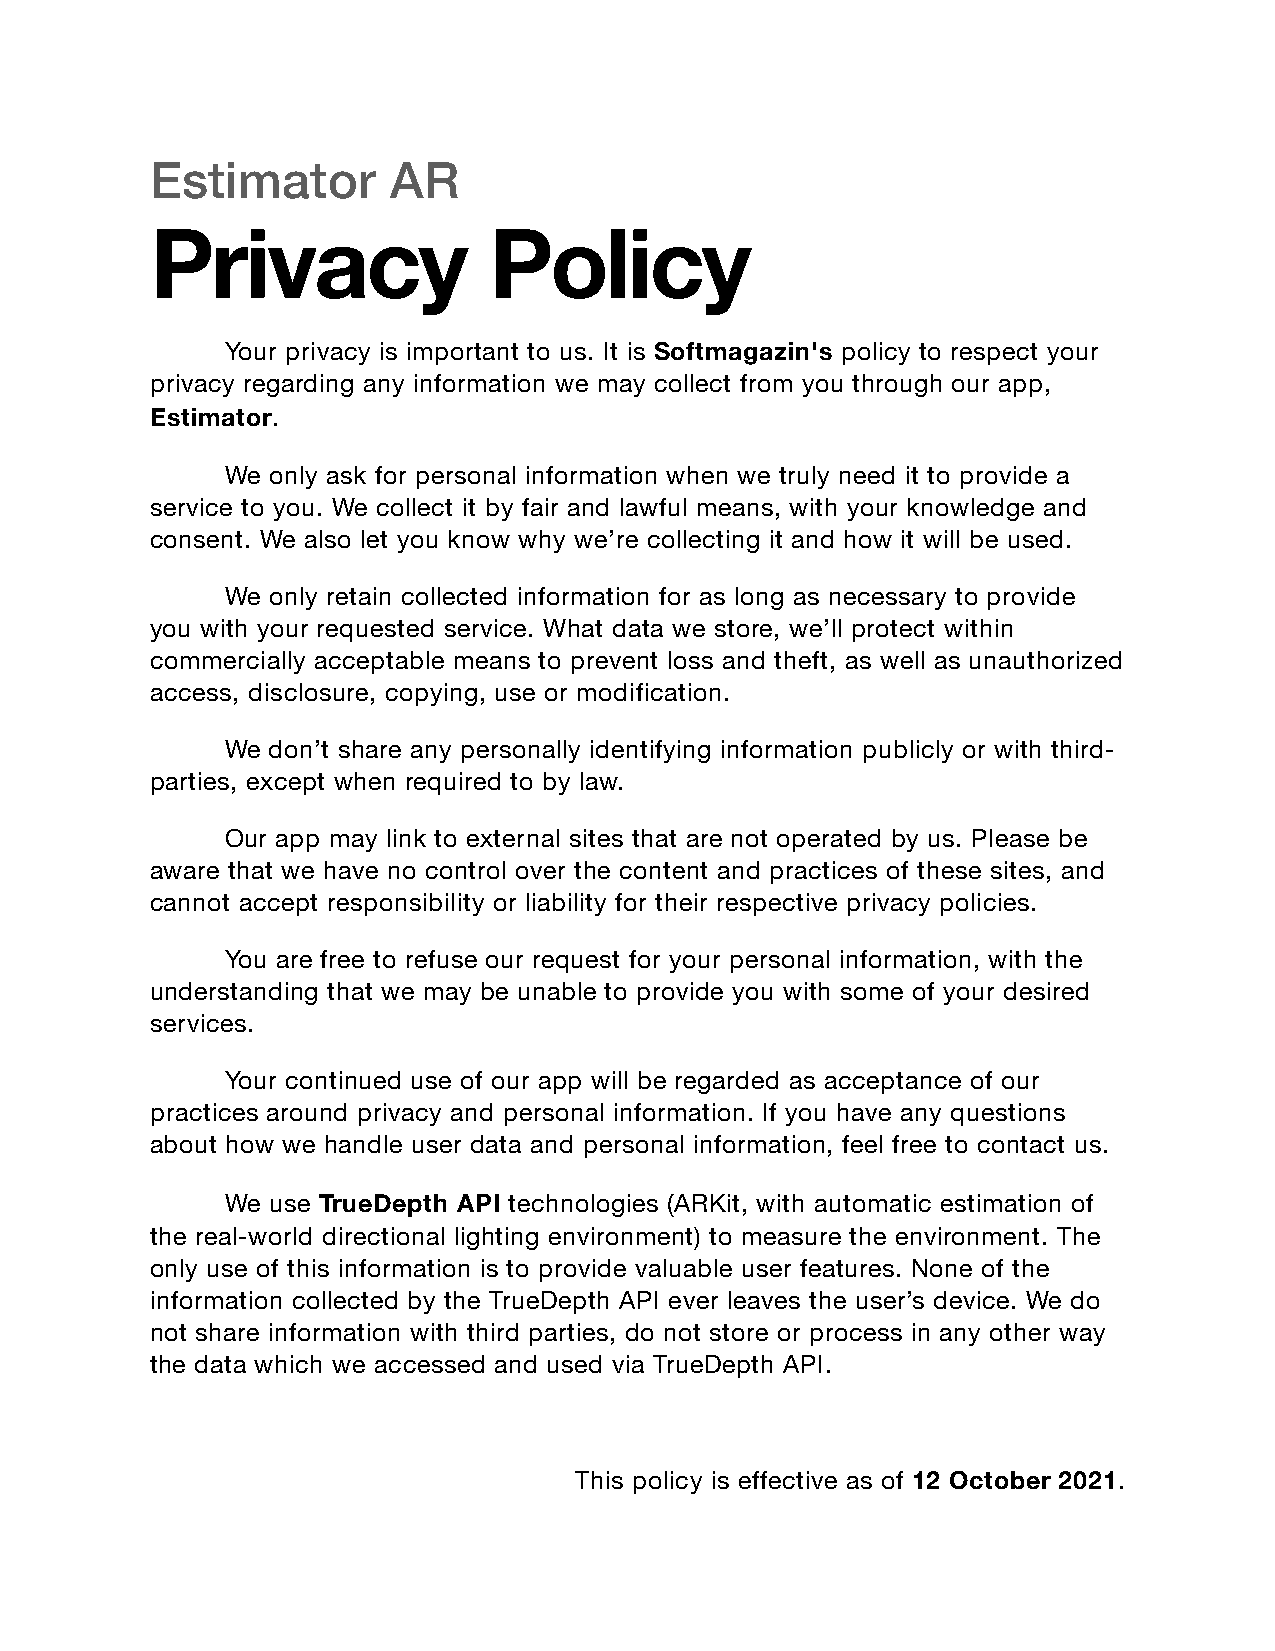
Estimator       AR
 Privacy               Policy
 Your privacy is important to us. It is Softmagazin's policy to respect your
 privacy regarding any information we may collect from you through our app,
 Estimator.
 We only ask for personal information when we truly need it to provide a
 service to you. We collect it by fair and lawful means, with your knowledge and
 consent. We also let you know why we’re collecting it and how it will be used.
 We only retain collected information for as long as necessary to provide
 you with your requested service. What data we store, we’ll protect within
 commercially acceptable means to prevent loss and theft, as well as unauthorized
 access, disclosure, copying, use or modification.
 We don’t share any personally identifying information publicly or with third-
 parties, except when required to by law.
 Our app may link to external sites that are not operated by us. Please be
 aware that we have no control over the content and practices of these sites, and
 cannot accept responsibility or liability for their respective privacy policies.
 You are free to refuse our request for your personal information, with the
 understanding that we may be unable to provide you with some of your desired
 services.
 Your continued use of our app will be regarded as acceptance of our
 practices around privacy and personal information. If you have any questions
 about how we handle user data and personal information, feel free to contact us.
 W e use    TrueDepth API technologies (ARKit, with automatic estimation of
 the real-world directional lighting environment) to measure the environment. The
 only use of this information is to provide valuable user features. None of the
 information collected by the TrueDepth API ever leaves the user’s device. We do
 not share information with third parties, do not store or process in any other way
 the data which we accessed and used via TrueDepth API.
 This policy is effective as of 12 October 2021.